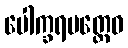
ပေါက္ခရပတ္တေဝ